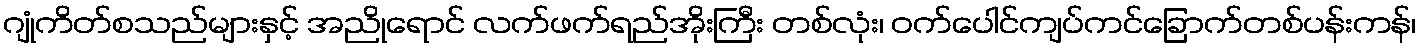
ဂျုံကိတ်စသည်များနှင့် အညိုရောင် လက်ဖက်ရည်အိုးကြီး တစ်လုံး၊ ဝက်ပေါင်ကျပ်ကင်ခြောက်တစ်ပန်းကန်၊